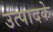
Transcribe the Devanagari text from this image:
उत्पादके